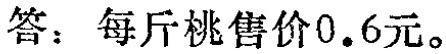
答：每斤桃售价\(0.6\)元。